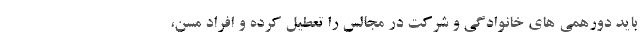
باید دورهمی های خانوادگی و شرکت در مجالس را تعطیل کرده و افراد مسن،